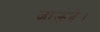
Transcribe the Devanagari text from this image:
जाऊंदे।